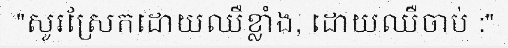
"សូរស្រែកដោយឈឺខ្លាំង, ដោយឈឺចាប់ :"